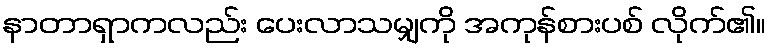
နာတာရှာကလည်း ပေးလာသမျှကို အကုန်စားပစ် လိုက်၏။